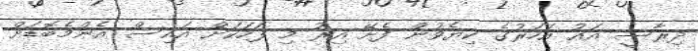
ދިރާސީ އައު އަހަރުގެ ކިޔެވުން ފެށޭ އިރު މި ފަހަކަށް އައިސް އެންމެބޮޑަށް